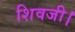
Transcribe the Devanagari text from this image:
शिवजी।